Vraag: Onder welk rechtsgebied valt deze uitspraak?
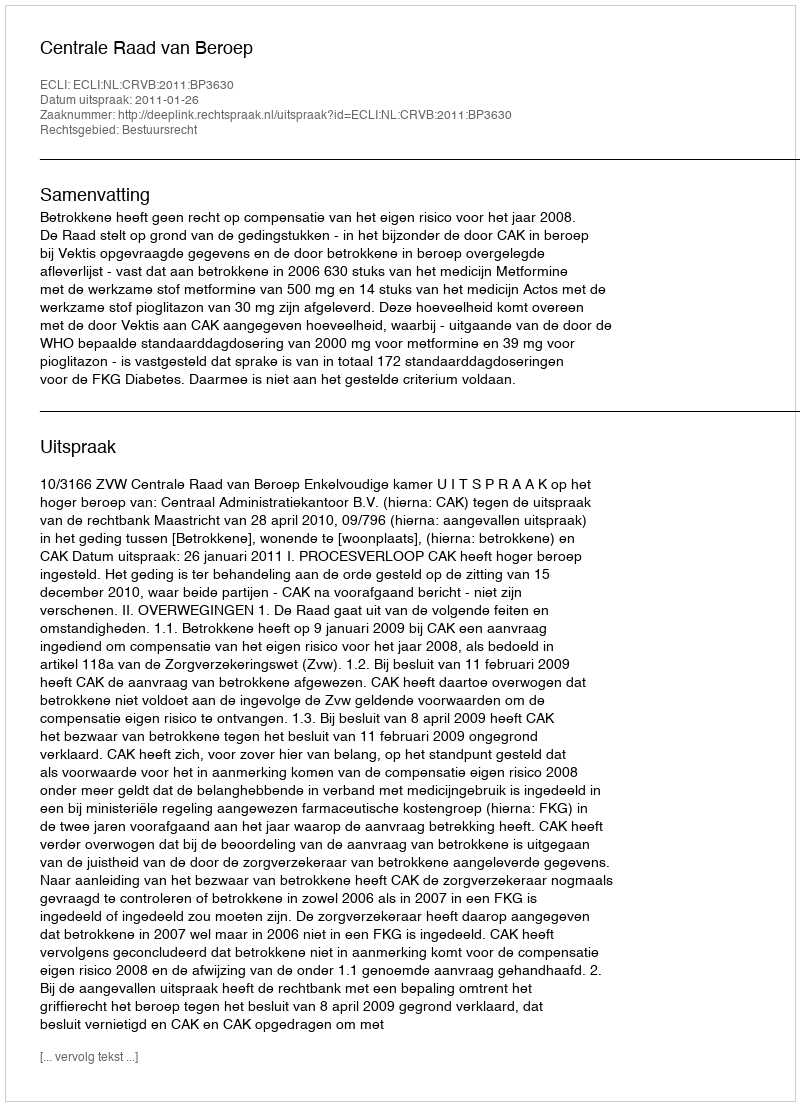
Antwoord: Bestuursrecht